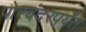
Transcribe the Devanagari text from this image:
पोरबंदरपर्यंत